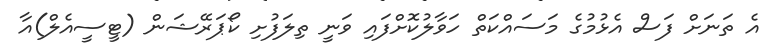
އެ ތަނަށް ފަސް އެޅުމުގެ މަސައްކަތް ހަވާލުކޮށްފައި ވަނީ ތިލަފުށި ކޯޕަރޭޝަން (ޓީސީއެލް)އާ